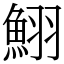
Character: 鮙